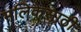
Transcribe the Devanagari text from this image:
मलिकेसाठी